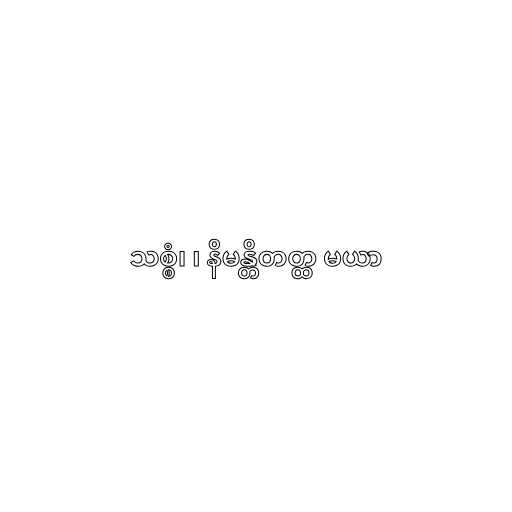
သစ္စံ၊ ၊ နိမန္တိတတ္ထ မယာ